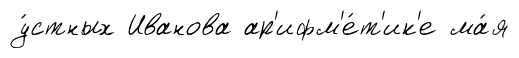
у́стных Иванова ар'ифм'е́т'ик'е ма́я